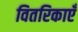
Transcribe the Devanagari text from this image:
वितरिकाएँ